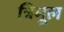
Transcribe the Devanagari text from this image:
त्रिमूल